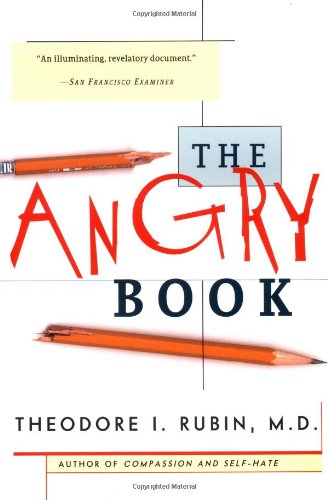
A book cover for The Angry Book; Theodore I. Rubin; Self-Help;